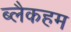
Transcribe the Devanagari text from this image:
ब्लैकहम